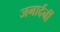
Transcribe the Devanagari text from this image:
जनार्दनीं